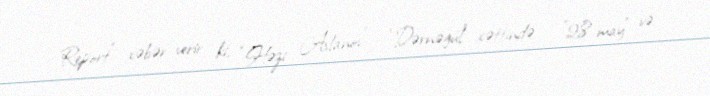
Report" xəbər verir ki, “Həzi Aslanov” – “Dərnəgül” xəttində - "28 may" və